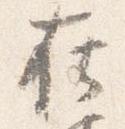
在